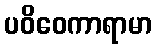
ပဝိဝေကာရာမာ